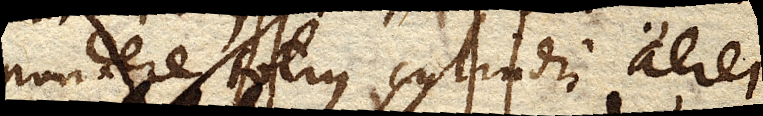
pondere totius cylindri aerei